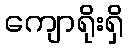
ကျောရိုးရှိ